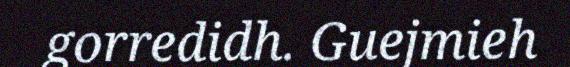
gorredidh. Guejmieh